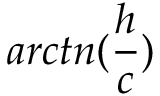
a r c t n ( \frac { h } { c } )